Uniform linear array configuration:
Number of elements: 4
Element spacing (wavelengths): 1
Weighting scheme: cosine
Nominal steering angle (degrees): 0
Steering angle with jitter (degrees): -1.124
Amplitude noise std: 0.05
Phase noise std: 0.05

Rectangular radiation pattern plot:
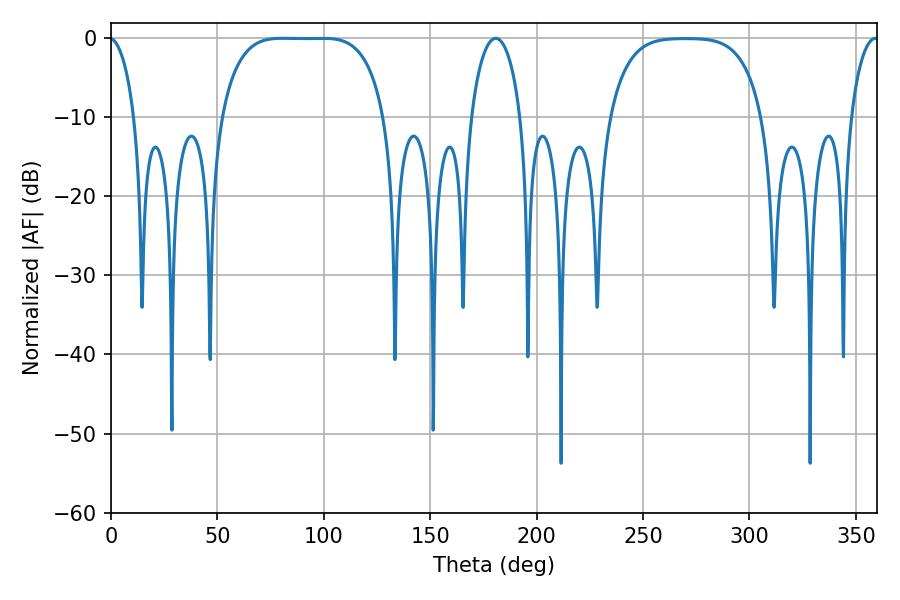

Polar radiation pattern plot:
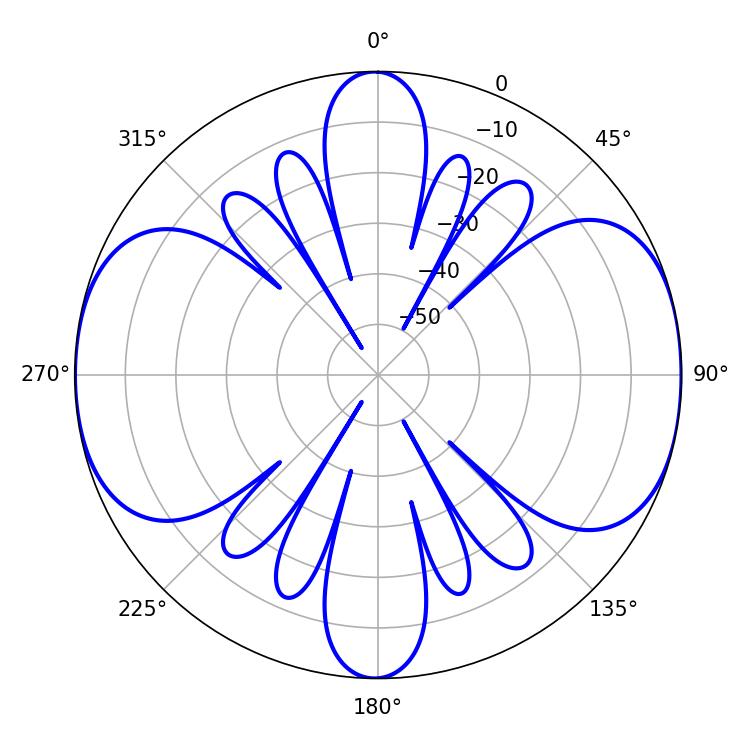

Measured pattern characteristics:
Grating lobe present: TRUE
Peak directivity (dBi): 12.751
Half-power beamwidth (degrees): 59.04
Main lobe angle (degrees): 80.64